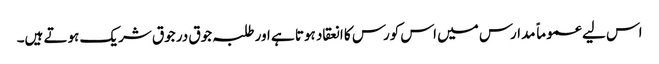
اس لیے عموماً مدارس میں اس کورس کا انعقاد ہوتا ہے اور طلبہ جوق در جوق شریک ہوتے ہیں۔